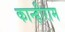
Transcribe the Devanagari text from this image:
कान्हीराम